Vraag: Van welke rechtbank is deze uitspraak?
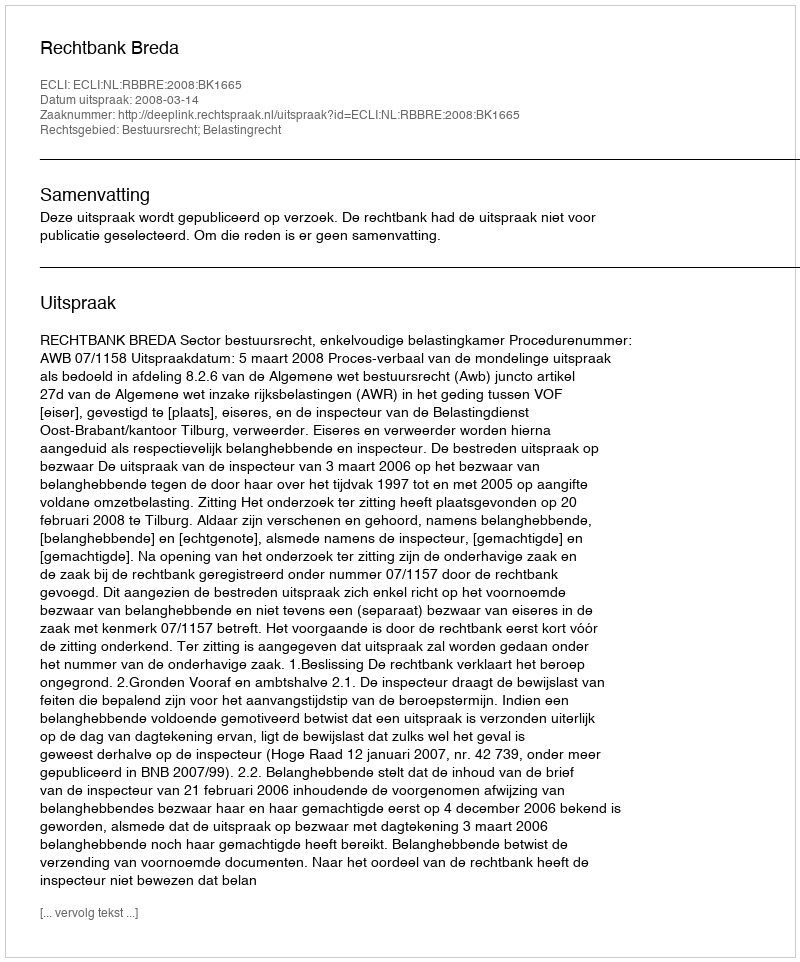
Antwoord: Rechtbank Breda